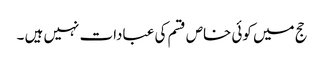
حج میں کوئی خاص قسم کی عبادات نہیں ہیں ۔